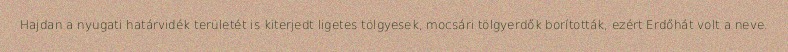
Hajdan a nyugati határvidék területét is kiterjedt ligetes tölgyesek, mocsári tölgyerdők borították, ezért Erdőhát volt a neve.